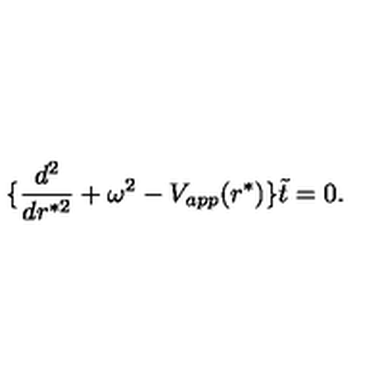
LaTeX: \{ { \frac { d ^ { 2 } } { d r ^ { * 2 } } } + \omega ^ { 2 } - V _ { a p p } ( r ^ { * } ) \} \tilde { t } = 0 .